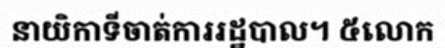
នាយិកាទីចាត់ការរដ្ឋបាល។ ៥លោក